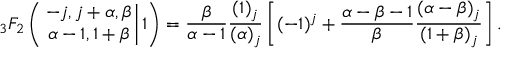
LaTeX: { _ 3 F _ { 2 } } \left( \left. { - j , j + \alpha , \beta \atop \alpha - 1 , 1 + \beta } \right| 1 \right) = \frac { \beta } { \alpha - 1 } \frac { ( 1 ) _ { j } } { ( \alpha ) _ { j } } \left[ ( - 1 ) ^ { j } + \frac { \alpha - \beta - 1 } { \beta } \frac { ( \alpha - \beta ) _ { j } } { ( 1 + \beta ) _ { j } } \right] .